65_HS1-834228961_62-HQ-83894_Section_1
Agency: FBI
Page 98
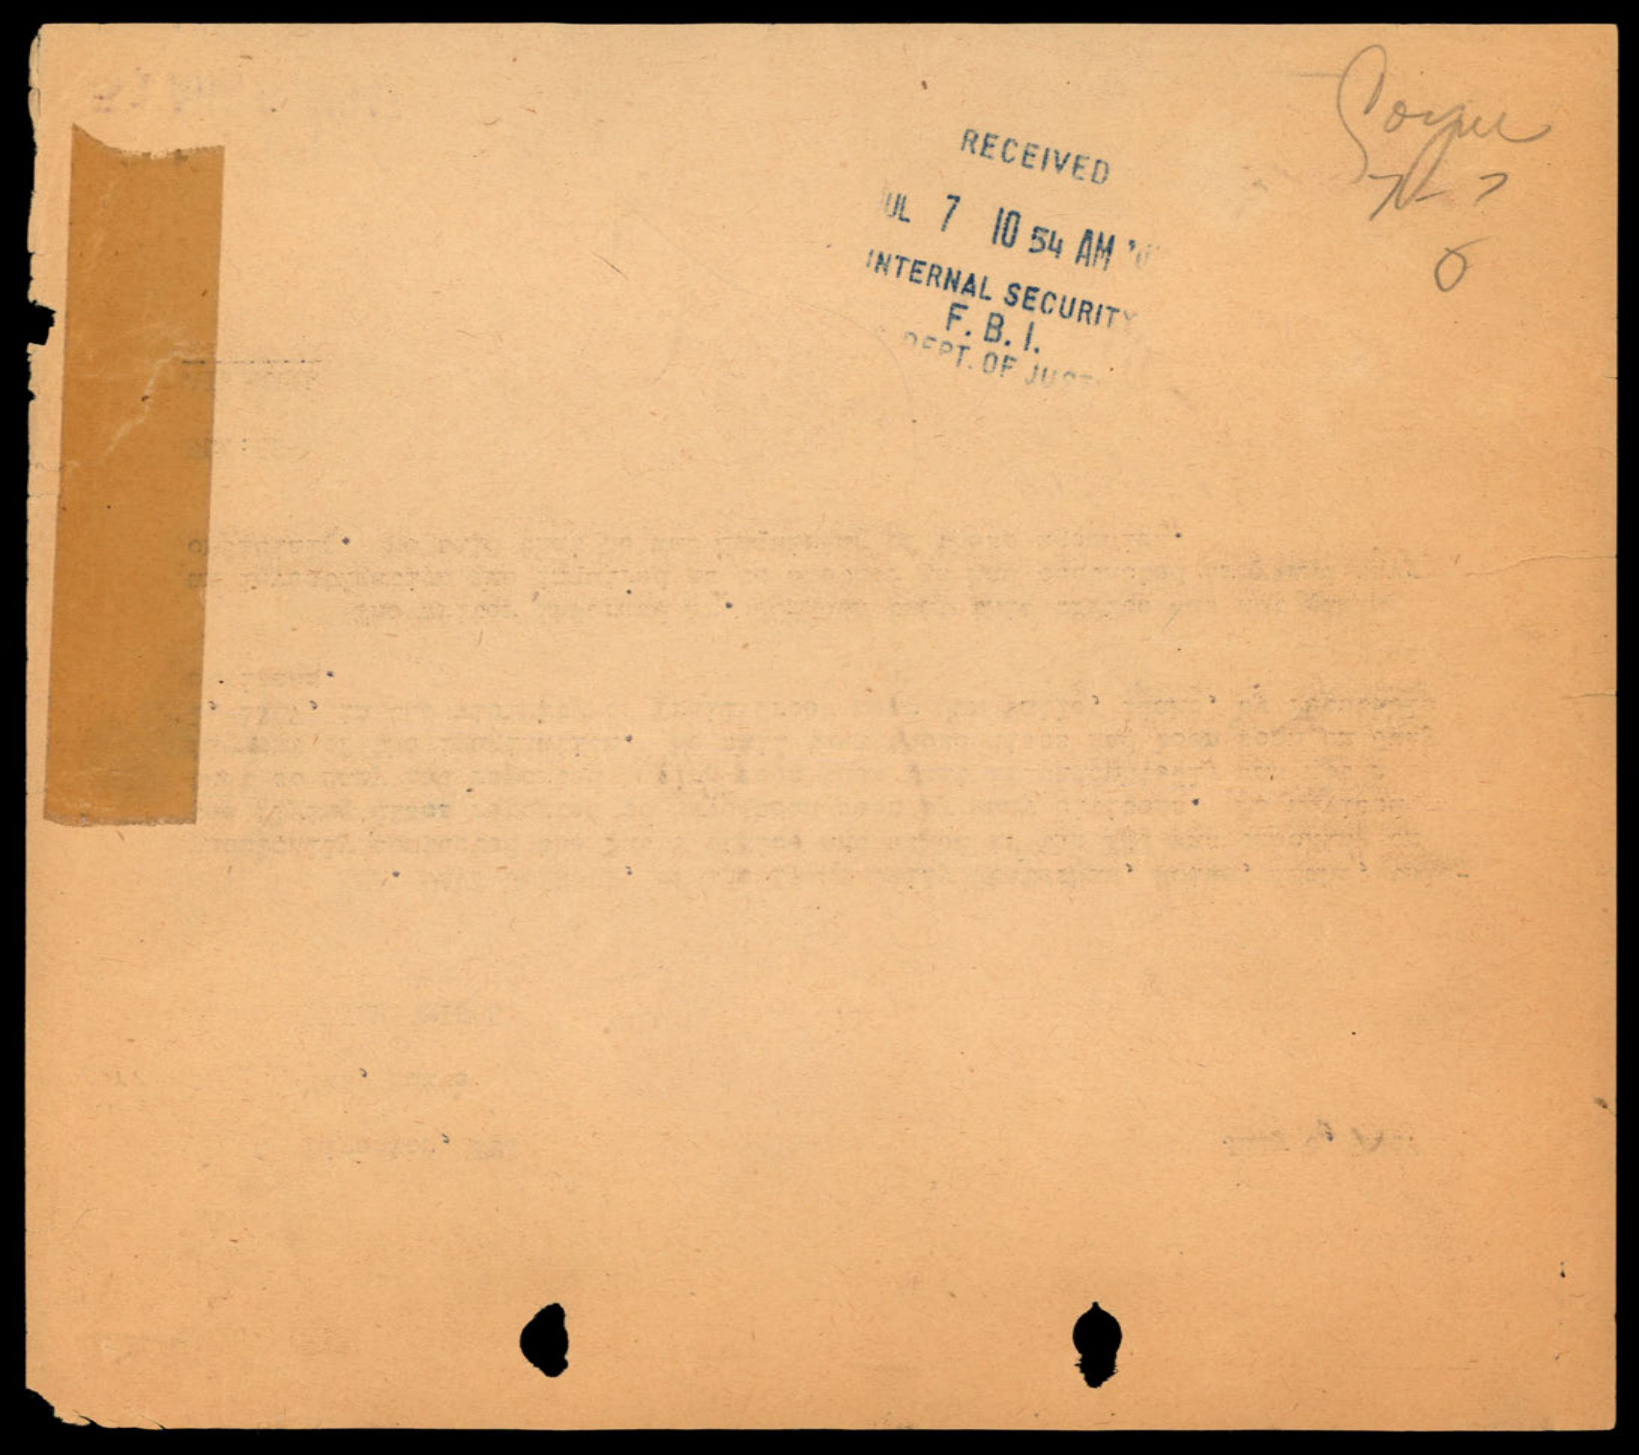